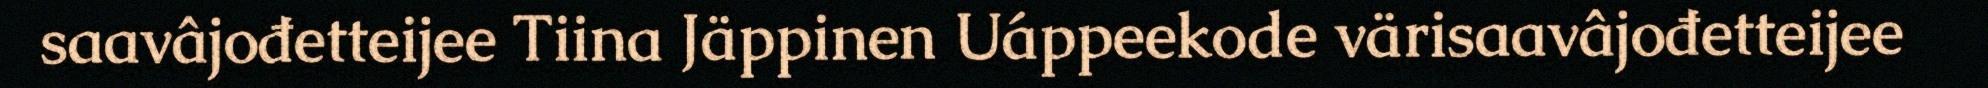
saavâjođetteijee Tiina Jäppinen Uáppeekode värisaavâjođetteijee